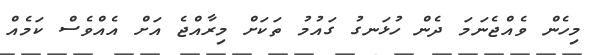
މިހެން ވެއްޖެނަމަ ދެން ހުޅަނގު ގައުމު ތަކަށް މިރާއްޖެ އަށް އެއްވެސް ކަމެއް